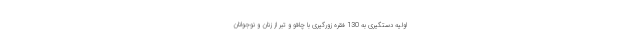
اولیه دستگیری به 130 فقره زورگیری با چاقو و تبر از زنان و نوجوانان